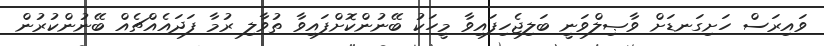
ވައިރަސް ހަށިގަނޑަށް ވާޞިލްވަނީ ބަލިޖެހިފައިވާ މީހަކު ބޭނުންކޮށްފައިވާ ތުވާލި ރުމާ ފަދައެއްޗެއް ބޭނުންކުރުން